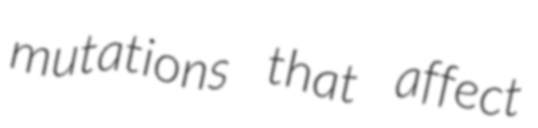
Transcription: mutations that affect